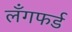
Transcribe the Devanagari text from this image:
लँगफर्ड